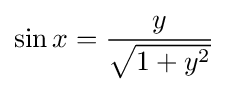
\sin x={\frac {y}{\sqrt {1+y^{2}}}}